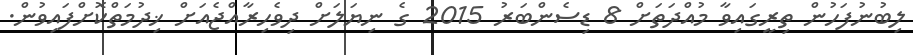
ލިބުނުފަހުން ތިރީގައިވާ މުއްދަތަށް 8 ޑިސެންބަރު 2015 ގެ ނިޔަލަށް ދިވެހިރާއްޖެއަށް ޚިދުމަތްކޮށްފައިވުން.